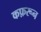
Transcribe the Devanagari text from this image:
कफ़रून